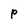
Character: P